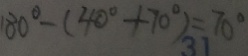
1 8 0 ^ { \circ } - ( 4 0 ^ { \circ } + 7 0 ^ { \circ } ) = 7 0 ^ { \circ }